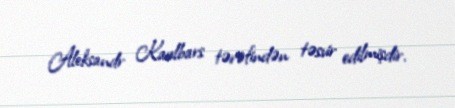
Aleksandr Kaulbars tərəfindən təsvir edilmişdir.